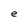
Character: e